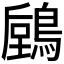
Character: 𪃫